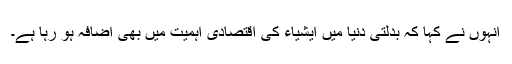
انہوں نے کہا کہ بدلتی دنیا میں ایشیاء کی اقتصادی اہمیت میں بھی اضافہ ہو رہا ہے۔